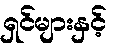
ရှင်များနှင့်